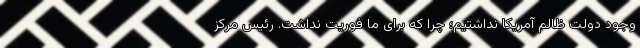
وجود دولت ظالم آمریکا نداشتیم؛ چرا که برای ما فوریت نداشت. رئیس مرکز